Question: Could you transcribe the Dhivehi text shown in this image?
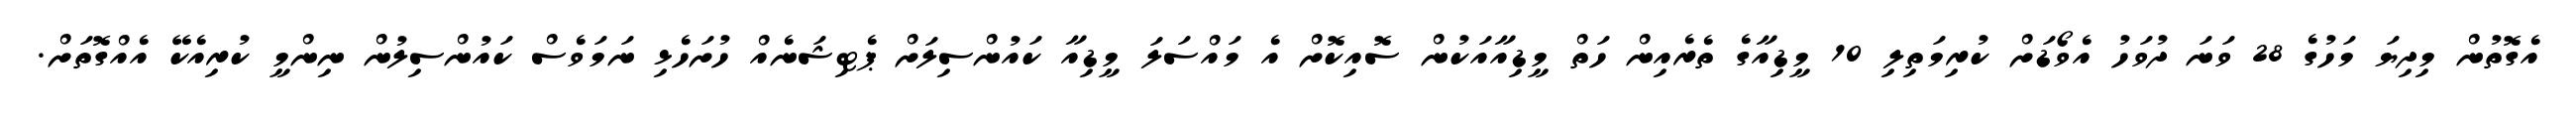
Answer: އެގޮތުން މިދިޔަ މަހުގެ 28 ވަނަ ދުވަހު އެވޯޑަށް ކުރިމަތިލި 10 މީޑިއާގެ ތެރެއިން ހަތް މީޑިއާއަކުން ސޮއިކޮށް އެ މައްސަލަ މީޑިއާ ކައުންސިލަށް ޕެޓިޝަނެއް ހުށަހެޅި ނަމަވެސް ކައުންސިލުން ނިންމީ ކުރިއެކޭ އެއްގޮތަށް.